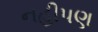
નહીપણ